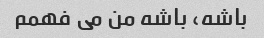
باشه، باشه من می فهمم